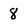
Character: 8